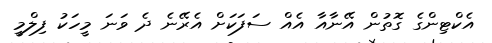
އެކްޓިންގެ ގޮތުން އޭނާއާ އެއް ސަފަކަށް އެރޭނެ ދެ ވަނަ މީހަކު ފިލްމީ